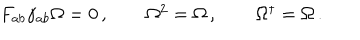
\begin{array} { c c c } { { F _ { a b } \gamma _ { a b } \Omega = 0 \, , ~ ~ } } & { { ~ ~ \Omega ^ { 2 } = \Omega \, , ~ ~ } } & { { ~ ~ \Omega ^ { \dagger } = \Omega \, . } } \\ \end{array}